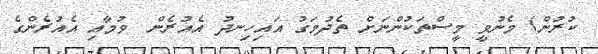
ކުރުން) މެނުވީ މީސްތަކުންނަށް ތެދުމަގު އައިހިނދު އެއުރެން  ވުމާއި އެއުރެންގެ